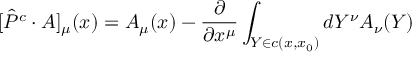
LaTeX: [ \hat { P } ^ { c } \cdot { \cal A } ] _ { \mu } ( x ) = { \cal A } _ { \mu } ( x ) - \frac { \partial } { \partial x ^ { \mu } } \int _ { Y \in c ( x , x _ { 0 } ) } d Y ^ { \nu } { \cal A } _ { \nu } ( Y )